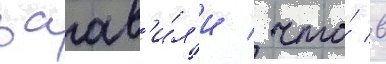
заав'и́л'и / что́ в